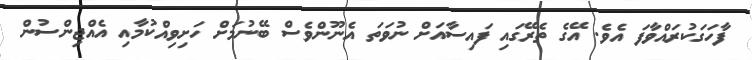
ފާހަގަކުރައްވާފަ އެވެ. އޭގެ ތެރޭގައި ފައިސާއަށް ނުވަތަ އެނޫންވެސް ބޭނުމަށް ހަށިވިއްކުމާއި އެއްޖިންސުން